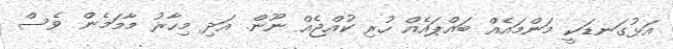
އަޅުގަނޑަކީ މަންމައެއް ބައްޕައެއް ހުރި ކުއްޖެއް ނޫން. އަދި މިހާރު މާމަމެން ވެސް